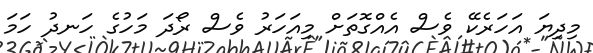
މިދިޔަ އަހަރެކޭ ވެސް އެއްގޮތަށް މިއަހަރު ވެސް ރޯދަ މަހުގެ ހަނދު ހަމަ